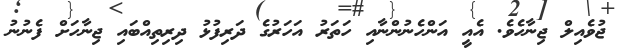
ޖުވެއިލް ޖިނާހެވެ. އެއީ އަންހެނުންނާއި ހަތަރު އަހަރުގެ ދަރިފުޅު ދިރިތިއްބައި ޖިނާހަށް ފެނުނު